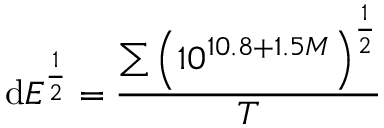
\mathrm { d } E ^ { \frac { 1 } { 2 } } = \frac { \sum \left( 1 0 ^ { 1 0 . 8 + 1 . 5 M } \right) ^ { \frac { 1 } { 2 } } } { T }